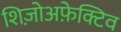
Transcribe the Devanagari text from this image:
शिज़ोअफ़ेक्टिव